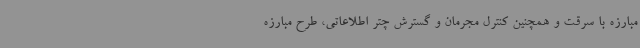
مبارزه با سرقت و همچنین کنترل مجرمان و گسترش چتر اطلاعاتی، طرح مبارزه